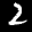
Label: 2